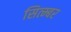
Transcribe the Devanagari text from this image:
सित्म्बर